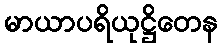
မာယာပရိယုဋ္ဌိတေန